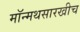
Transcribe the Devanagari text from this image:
मॉन्मथसारखीच